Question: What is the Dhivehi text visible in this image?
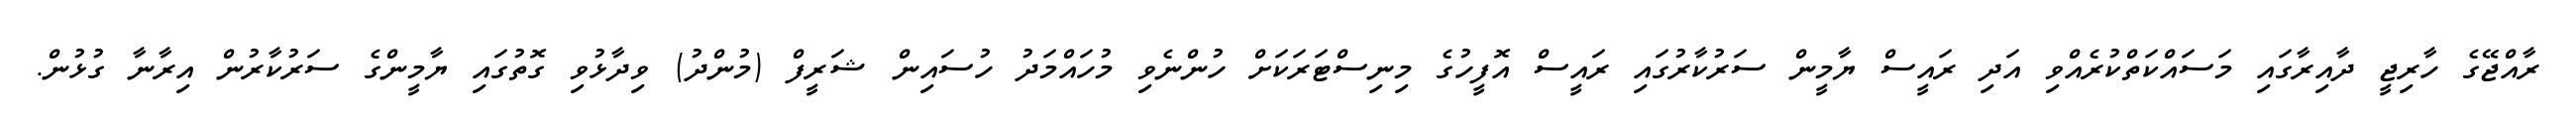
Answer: ރާއްޖޭގެ ހާރިޖީ ދާއިރާގައި މަސައްކަތްކުރެއްވި އަދި ރައީސް ޔާމީން ސަރުކާރުގައި ރައީސް އޮފީހުގެ މިނިސްޓަރަކަށް ހުންނެވި މުހައްމަދު ހުސައިން ޝަރީފް (މުންދު) ވިދާޅުވި ގޮތުގައި ޔާމީންގެ ސަރުކާރުން އިރާނާ ގުޅުން.